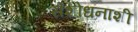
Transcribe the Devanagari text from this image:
संशोधनाशी